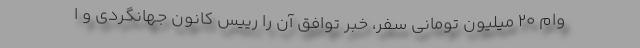
وام ۲۰ میلیون تومانی سفر، خبر توافق آن را رییس کانون جهانگردی و ا